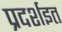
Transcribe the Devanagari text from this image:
प्रदर्शइत